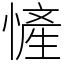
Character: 㦃